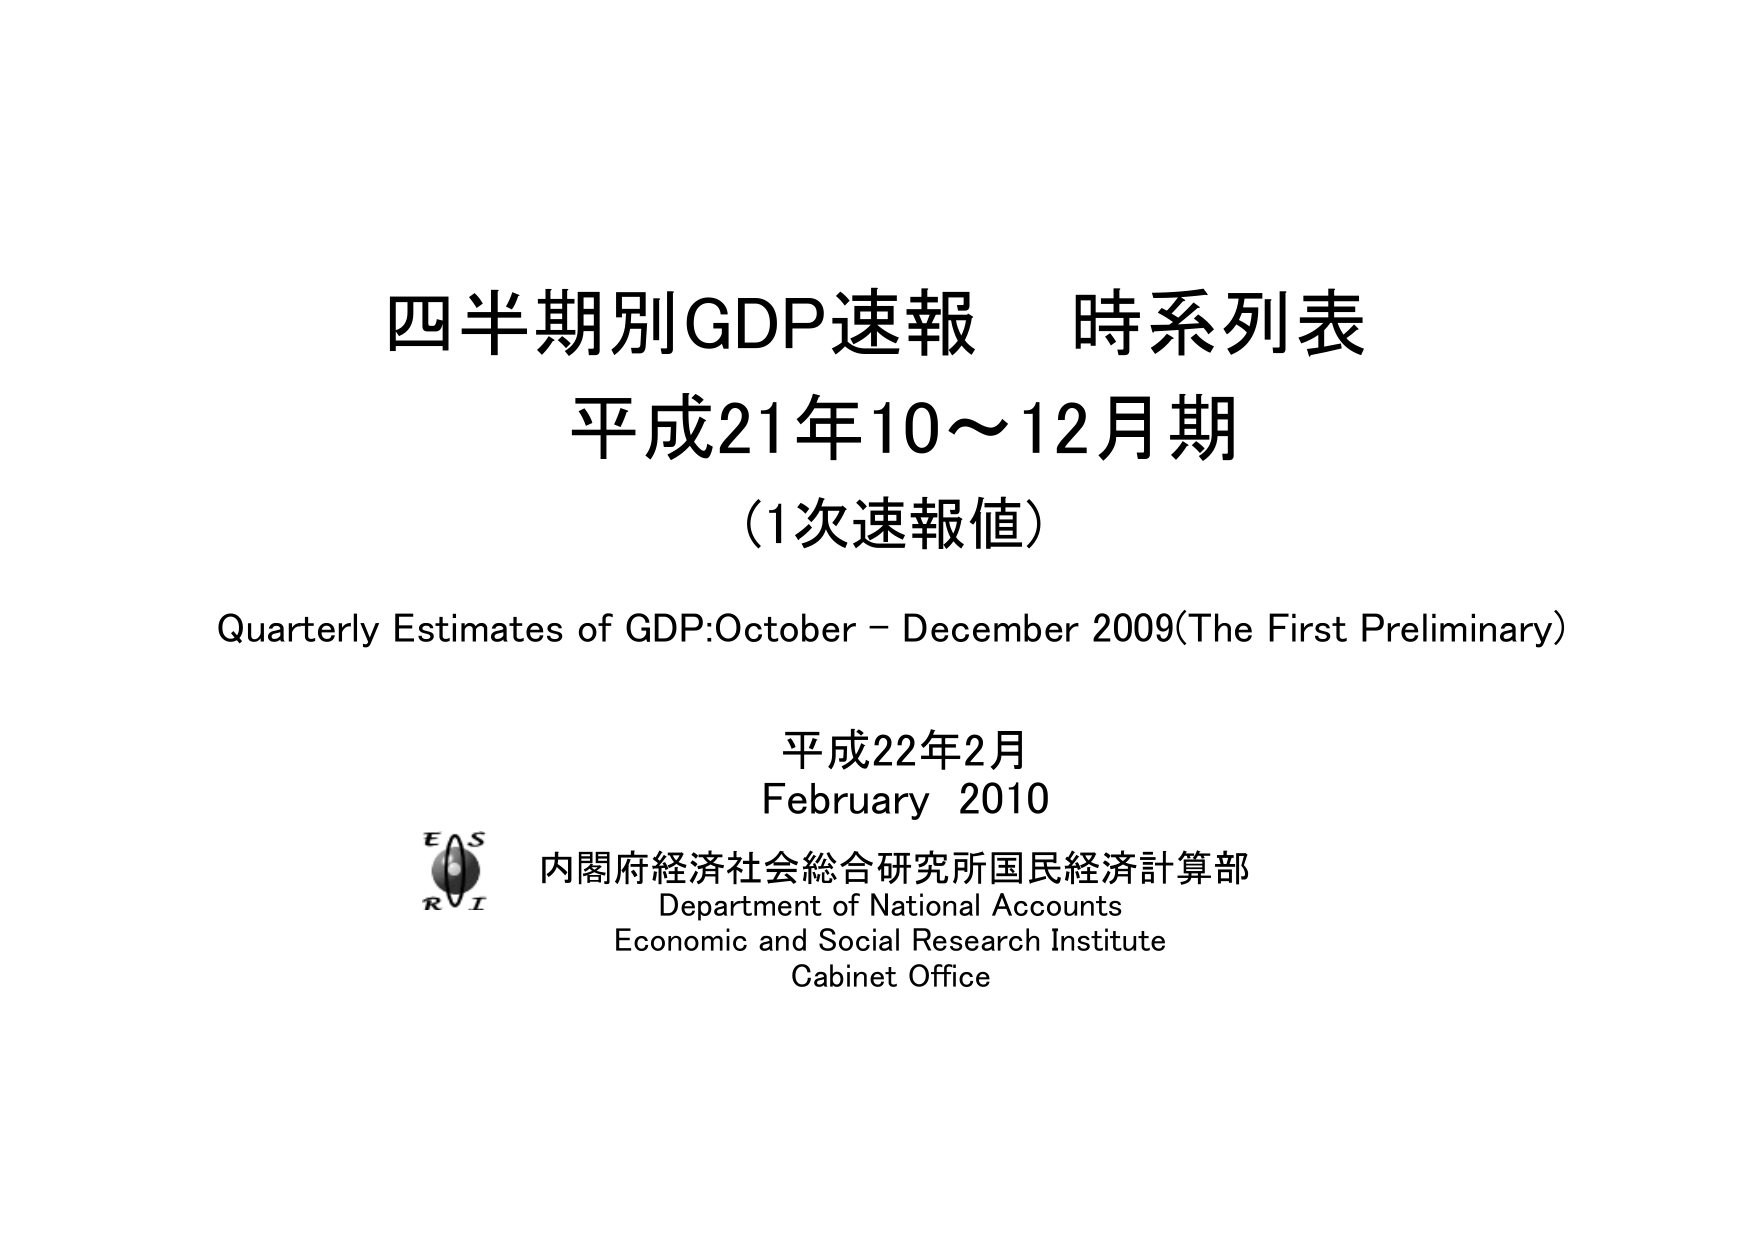
四半期別GDP速報 時系列表
平成21年10～12月期
(1次速報値)
Quarterly Estimates of GDP:October – December 2009(The First Preliminary)
平成22年2月
February 2010
内閣府経済社会総合研究所国民経済計算部
Department of National Accounts
Economic and Social Research Institute
Cabinet Office
E S
R I